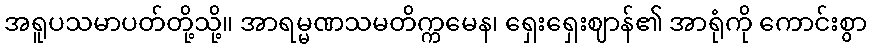
အရူပသမာပတ်တို့သို့။ အာရမ္မဏသမတိက္ကမေန၊ ရှေးရှေးဈာန်၏ အာရုံကို ကောင်းစွာ